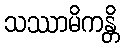
သဿာမိကန္တိ